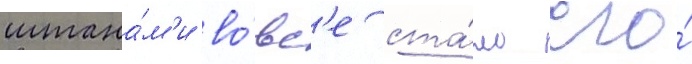
штана́м'и во́вс'е ста́ло его́